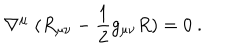
\nabla ^ { \mu } \; ( R _ { \mu \nu } - { \frac { 1 } { 2 } } g _ { \mu \nu } R ) = 0 \ .